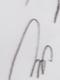
Signature authenticity: genuine